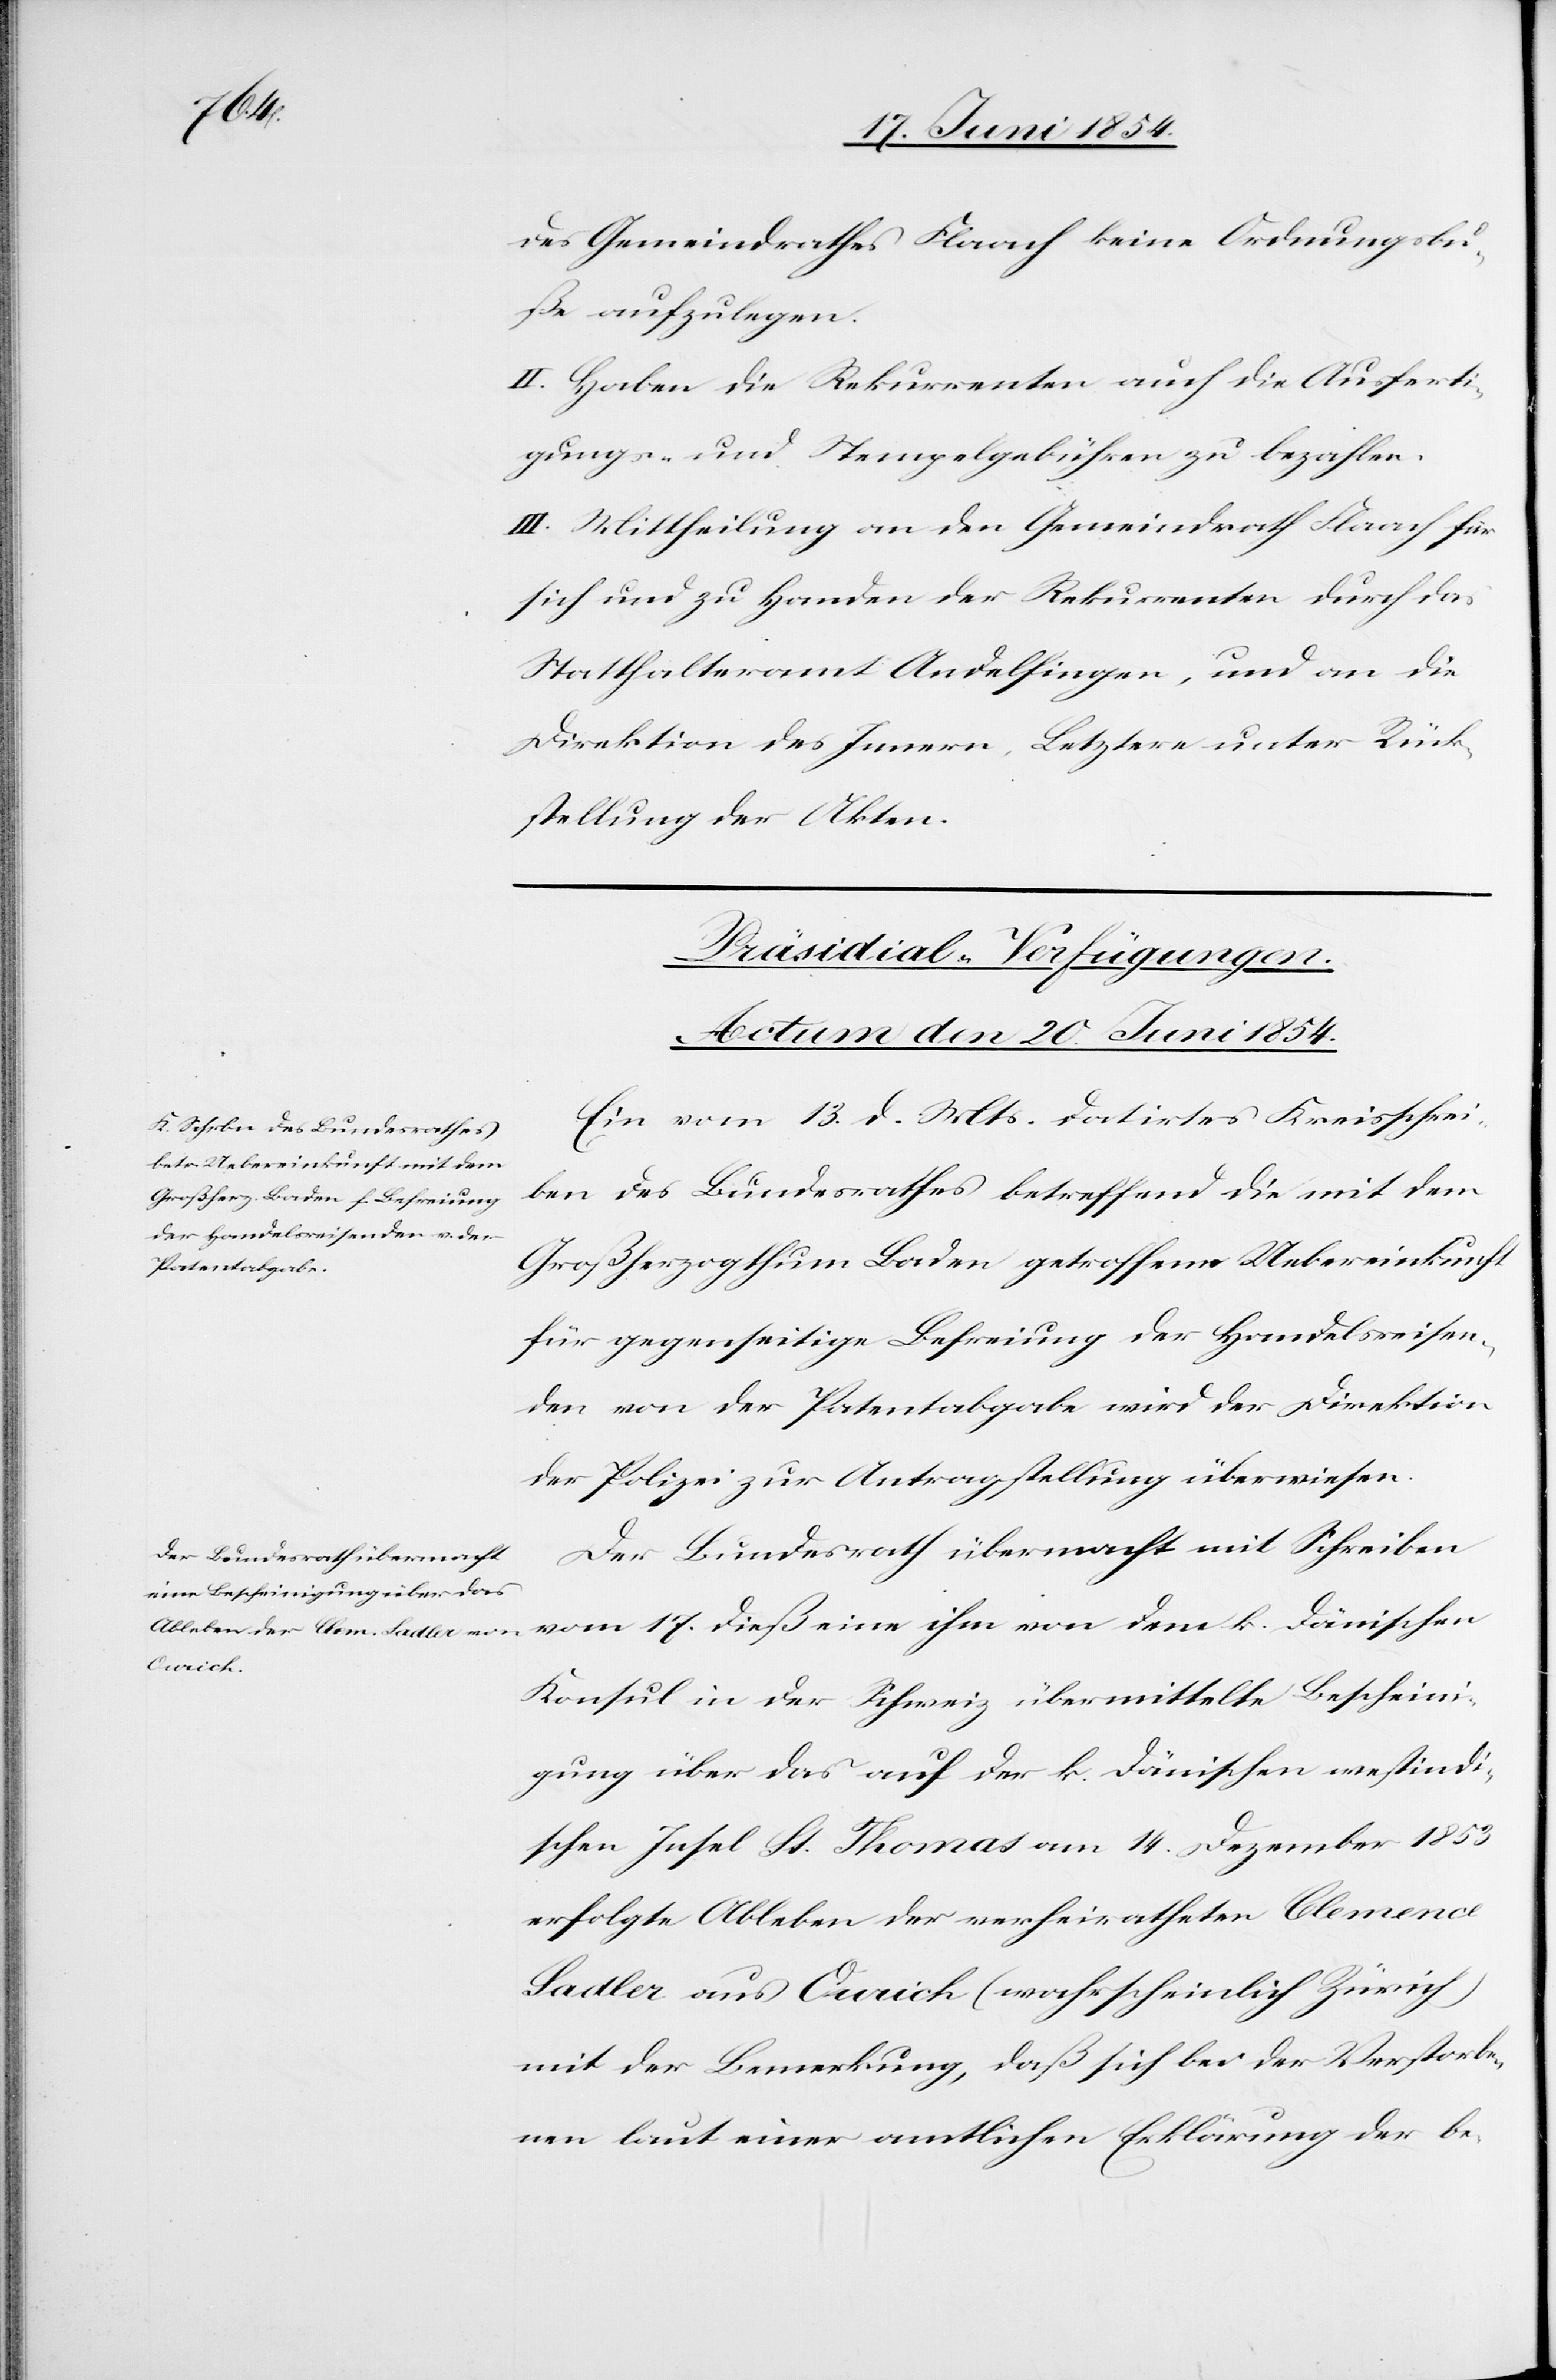
des Gemeindrathes Flaach keine Ordnungsbu¬
ße aufzulegen.
II. Haben die Rekurrenten auch die Ausferti¬
gungs- und Stempelgebühren zu bezahlen.
III. Mittheilung an den Gemeindrath Flaach für
sich und zu Handen der Rekurrenten durch das
Statthalteramt Andelfingen, und an die
Direktion des Innern, Letztere unter Rück¬
stellung der Akten.
[Präsidial-Verfügungen.
Actum den 20. Juni 1854.]
Ein vom 13. d. Mts. datirtes Kreisschrei¬
ben des Bundesrathes betreffend die mit dem
Großherzogthum Baden getroffene Uebereinkunft
für gegenseitige Befreiung der Handelsreisen¬
den von der Patentabgabe wird der Direktion
der Polizei zur Antragstellung überwiesen.
Der Bundesrath übermacht mit Schreiben
vom 17. dieß eine ihm von dem k. dänischen
Konsul in der Schweiz übermittelte Bescheini¬
gung über das auf der k. dänischen westindi¬
schen Insel St. Thomas am 14. Dezember 1853
erfolgte Ableben der verheiratheten Clemence
Sadler aus Curich (wahrscheinlich Zürich)
mit der Bemerkung, daß sich bei der Verstorbe¬
nen laut einer amtlichen Erklärung der be-